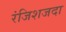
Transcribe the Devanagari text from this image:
रंजिशजदा